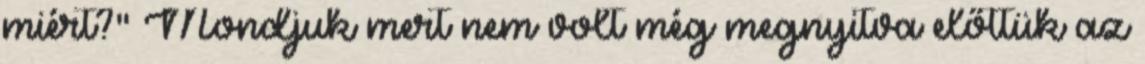
miért?" Mondjuk mert nem volt még megnyitva előttük az